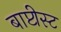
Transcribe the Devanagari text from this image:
बाप्टीस्ट